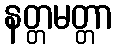
နတ္တမတ္တာ